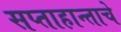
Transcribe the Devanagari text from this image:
सप्ताहान्ताचे